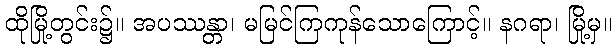
ထိုမြို့တွင်း၌။ အပဿန္တာ၊ မမြင်ကြကုန်သောကြောင့်။ နဂရာ၊ မြို့မှ။